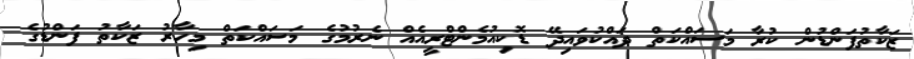
ޒަކާތުފަންޑުން ކުރާ މަސައްކަތް ދައްކުވައިދޭ ޑޮކިއުމެންޓްރީއެއް ނެރުމުގެ މަސައްކަތް މިހާރު ޒަކާތު ފަންޑުގެ